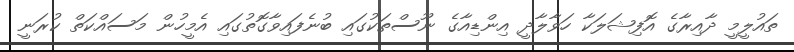
ތައުލީމީ ދާއިރާގެ އޮފިޝަލަކާ ހަވާލާދީ އިންޑިއާގެ ނޫސްތަކުގައި ބުނެފައިވާގޮތުގައި އެމީހުން މަސައްކަތް ކުރަނީ